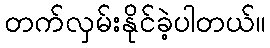
တက်လှမ်းနိုင်ခဲ့ပါတယ်။